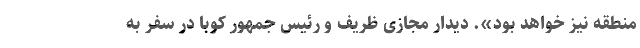
منطقه نیز خواهد بود». دیدار مجازی ظریف و رئیس جمهور کوبا در سفر به